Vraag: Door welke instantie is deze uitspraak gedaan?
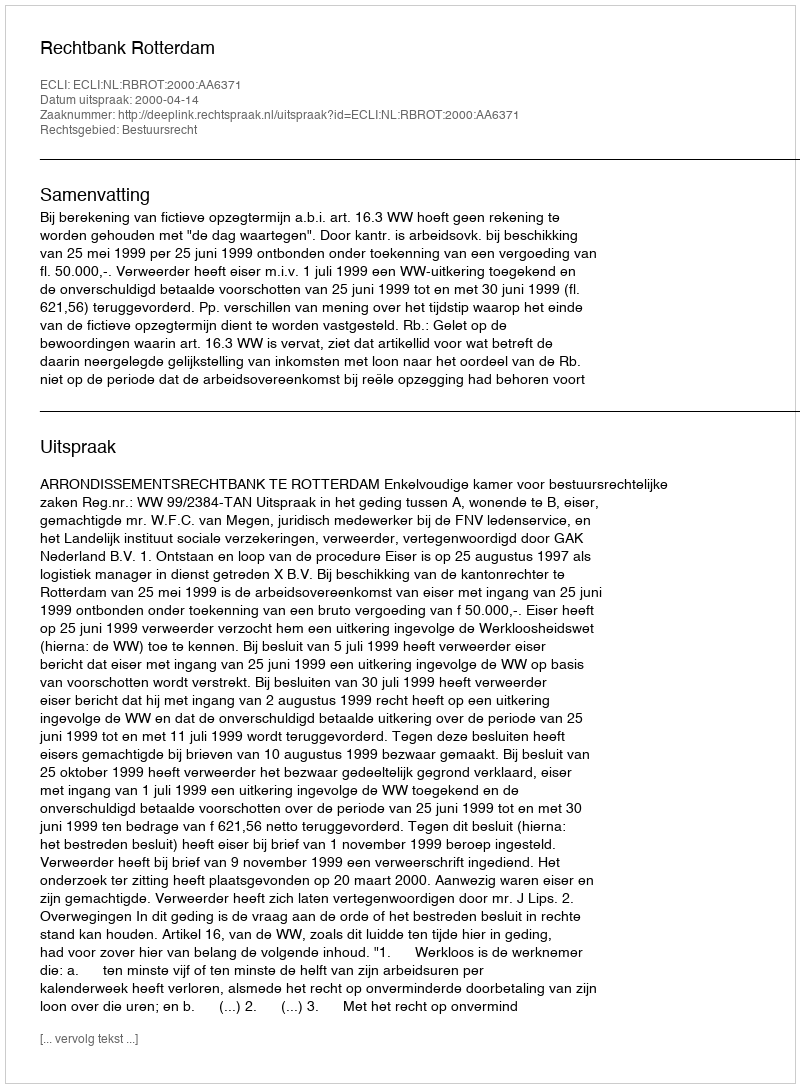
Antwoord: Rechtbank Rotterdam